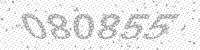
Solution: 080855